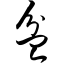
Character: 盆